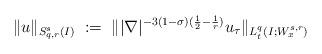
LaTeX: \begin{align*}\|u\|_{S^s_{q,r}(I)}\;:=\;\||\nabla|^{-3(1-\sigma)(\frac12-\frac1r)}u_\tau\|_{L^q_t(I;W^{s,r}_x)}\end{align*}